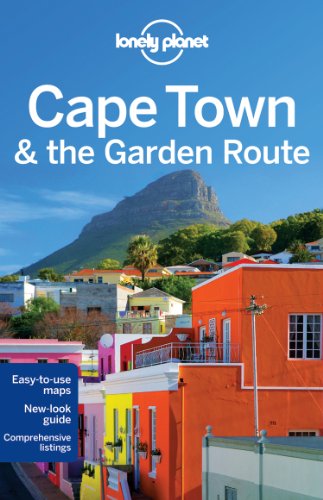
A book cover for Lonely Planet Cape Town & the Garden Route (Travel Guide); Lonely Planet; Travel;